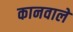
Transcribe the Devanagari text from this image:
कानवाले